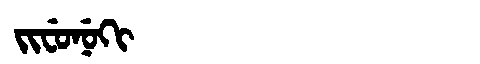
Manchu: ᠵᡳᠸᡠᠨᡠᡴᡳ
Romanization: JIFUNUKI